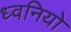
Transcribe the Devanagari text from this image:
ध्वनियो